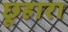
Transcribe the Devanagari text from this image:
छूहारा